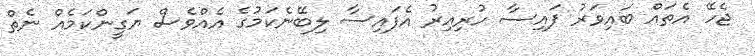
ޖެހޭ އެތައް ބައިވަރު ފައިސާ ހުރިއިރު އެފައިސާ ލިބޭނެކަމުގެ އެއްވެސް ޔަގީންކަމެއް ނެތް